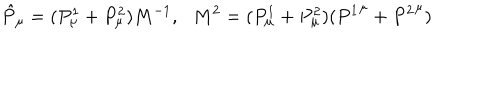
LaTeX: \hat { P } _ { \mu } = ( P _ { \mu } ^ { 1 } + P _ { \mu } ^ { 2 } ) M ^ { - 1 } , \, \, \, \, M ^ { 2 } = ( P _ { \mu } ^ { 1 } + P _ { \mu } ^ { 2 } ) ( { P ^ { 1 } } ^ { \mu } + { P ^ { 2 } } ^ { \mu } )